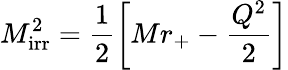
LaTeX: M_{\mathrm{irr}}^{2}=\frac{1}{2}\left[Mr_{+}-\frac{Q^{2}}{2}\right]